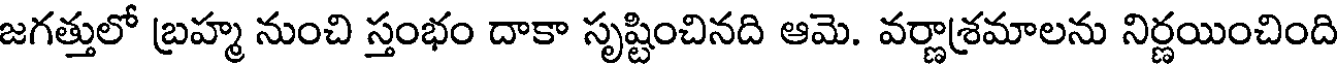
జగత్తులో బ్రహ్మ నుంచి స్తంభం దాకా సృష్టించినది ఆమె. వర్ణాశ్రమాలను నిర్ణయించింది